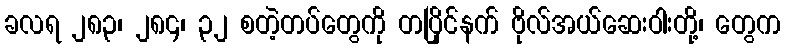
ခလရ ၂၈၃၊ ၂၈၄၊ ၃၂ စတဲ့တပ်တွေကို တပြိုင်နက် ဗိုလ်အယ်ဆေးဝါးတို့၊ တွေက